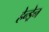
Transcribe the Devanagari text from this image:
हेन्ड्रेन